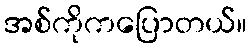
အစ်ကိုကပြောတယ်။